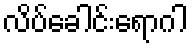
လိပ်ခေါင်းရောဂါ